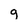
Character: g